Vaccination report Assam 1896-1927 - 1896-1927
Year: 1896
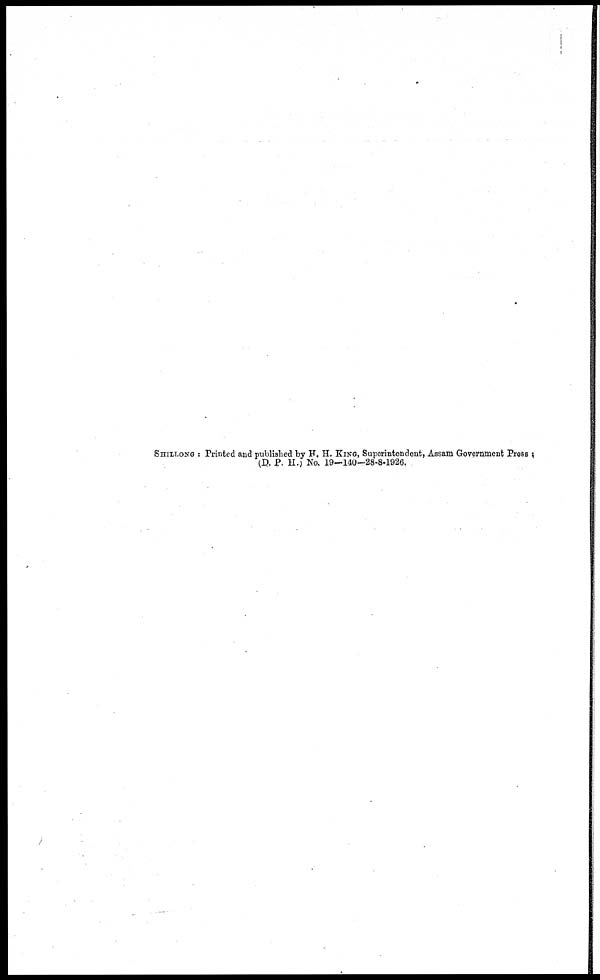
SHILLONG : Printed and published by H. H. KING, Superintendent, Assam Government Press :
(D. P. H.) No. 19—140-28-8-1926.